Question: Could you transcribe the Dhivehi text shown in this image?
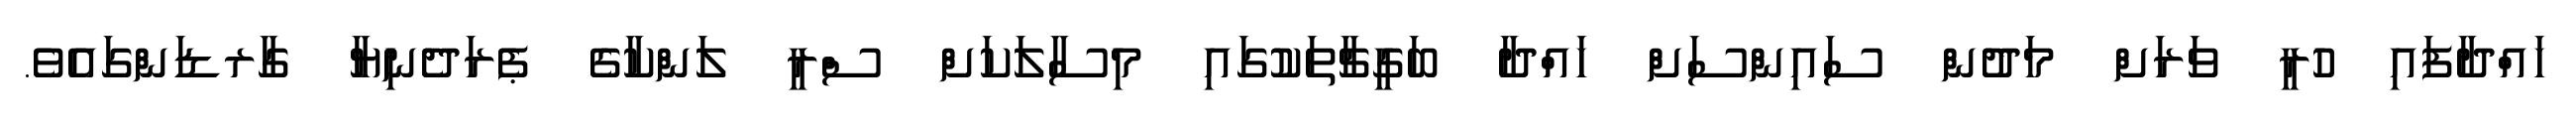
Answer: ހައްދާފައި ހުރީ ވަރަށް މަދުން ސައިންސަށް ހައްދާ ބަގީޗާތަކުގައި މިސާލަކަށް ސްރީ ލަންކާގެ ޕެރަދެނިޔާ ގާރޑަންގައެވެ.